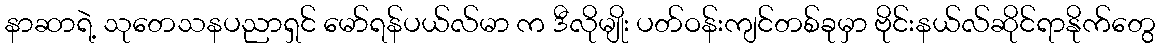
နာဆာရဲ့ သုတေသနပညာရှင် မော်ရန်ပယ်လ်မာ က ဒီလိုမျိုး ပတ်ဝန်းကျင်တစ်ခုမှာ ဗိုင်းနယ်လ်ဆိုင်ရာနိုက်တွေ